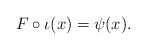
\begin{align*}F\circ \iota(x)=\psi(x).\end{align*}